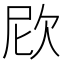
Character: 𣢞